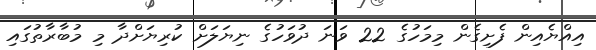
އިއްޔެއިން ފެށިގެން މިމަހުގެ 22 ވަނަ ދުވަހުގެ ނިޔަލަށް ކުރިޔަށްދާ މި މުބާރާތުގައި